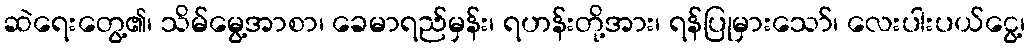
ဆဲရေးတွေ့၏၊ သိမ်မွေ့အာစာ၊ ခေမာရည်မှန်း၊ ရဟန်းတို့အား၊ ရန်ပြုမှားသော်၊ လေးပါးပယ်ငွေ့၊